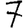
Digit: 7